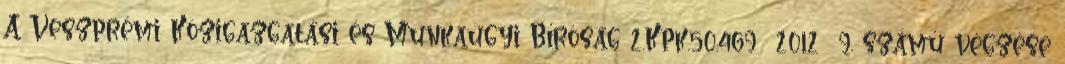
A Veszprémi Közigazgatási és Munkaügyi Bíróság 2.Kpk.50.469 2012 9. számú végzése